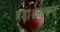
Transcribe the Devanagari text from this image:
पड़ा।अत्यन्त